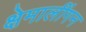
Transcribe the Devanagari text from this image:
क्षेमालींगन